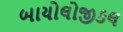
બાયોલોજીકલ